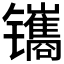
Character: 𫔔